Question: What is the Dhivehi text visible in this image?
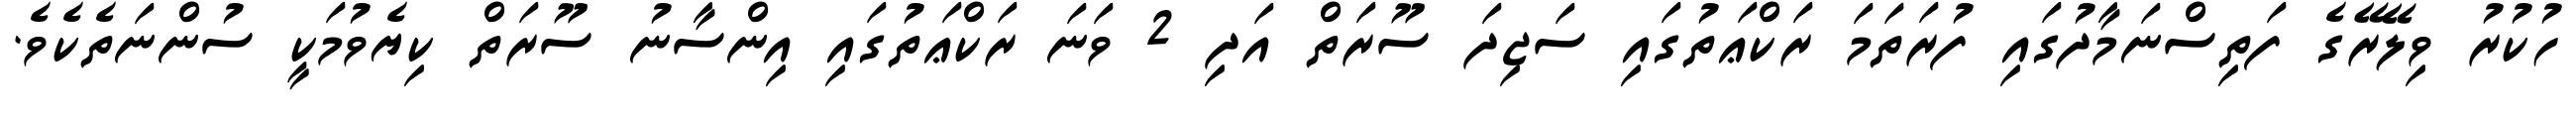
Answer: ހުކުރު ވިލޭރޭގެ ފަތިސްނަމާދުގައި ފުރަތަމަ ރަކްޢަތުގައި ސަޖިދަ ސޫރަތް އަދި 2 ވަނަ ރަކްޢަތުގައި އިންސާނު ސޫރަތް ކިޔެވުމަކީ ސުންނަތެކެވެ.